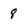
Character: 8